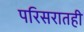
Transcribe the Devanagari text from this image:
परिसरातही